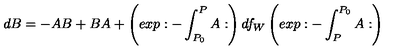
d B = - A B + B A + \left( e x p : - \int _ { P _ { 0 } } ^ { P } A : \right) d f _ { W } \left( e x p : - \int _ { P } ^ { P _ { 0 } } A : \right)